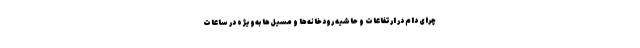
چرای دام در ارتفاعات و حاشیه رودخانه‌ها و مسیل‌ها به‌ویژه در ساعات